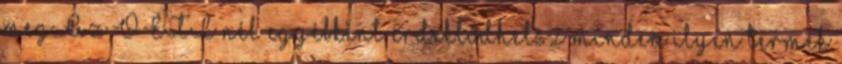
meg. Az OÉTI nél egyébként érdeklődhetsz minden ilyen termék